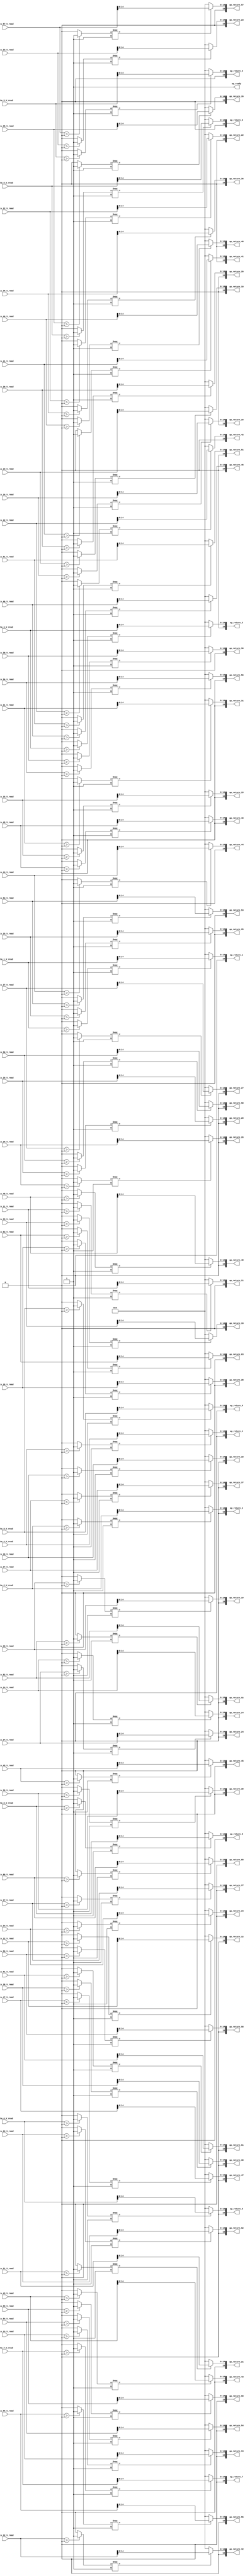
// ==============================================================
// RTL generated by Vivado(TM) HLS - High-Level Synthesis from C, C++ and OpenCL
// Version: 2019.2
// Copyright (C) 1986-2019 Xilinx, Inc. All Rights Reserved.
// 
// ===========================================================

`timescale 1 ns / 1 ps 

module relu_ap_fixed_ap_fixed_16_6_5_3_0_relu_config4_s (
        ap_ready,
        data_0_V_read,
        data_1_V_read,
        data_2_V_read,
        data_3_V_read,
        data_4_V_read,
        data_5_V_read,
        data_6_V_read,
        data_7_V_read,
        data_8_V_read,
        data_9_V_read,
        data_10_V_read,
        data_11_V_read,
        data_12_V_read,
        data_13_V_read,
        data_14_V_read,
        data_15_V_read,
        data_16_V_read,
        data_17_V_read,
        data_18_V_read,
        data_19_V_read,
        data_20_V_read,
        data_21_V_read,
        data_22_V_read,
        data_23_V_read,
        data_24_V_read,
        data_25_V_read,
        data_26_V_read,
        data_27_V_read,
        data_28_V_read,
        data_29_V_read,
        data_30_V_read,
        data_31_V_read,
        data_32_V_read,
        data_33_V_read,
        data_34_V_read,
        data_35_V_read,
        data_36_V_read,
        data_37_V_read,
        data_38_V_read,
        data_39_V_read,
        data_40_V_read,
        data_41_V_read,
        data_42_V_read,
        data_43_V_read,
        data_44_V_read,
        data_45_V_read,
        data_46_V_read,
        data_47_V_read,
        data_48_V_read,
        data_49_V_read,
        data_50_V_read,
        data_51_V_read,
        data_52_V_read,
        data_53_V_read,
        data_54_V_read,
        data_55_V_read,
        data_56_V_read,
        data_57_V_read,
        data_58_V_read,
        data_59_V_read,
        data_60_V_read,
        data_61_V_read,
        data_62_V_read,
        data_63_V_read,
        ap_return_0,
        ap_return_1,
        ap_return_2,
        ap_return_3,
        ap_return_4,
        ap_return_5,
        ap_return_6,
        ap_return_7,
        ap_return_8,
        ap_return_9,
        ap_return_10,
        ap_return_11,
        ap_return_12,
        ap_return_13,
        ap_return_14,
        ap_return_15,
        ap_return_16,
        ap_return_17,
        ap_return_18,
        ap_return_19,
        ap_return_20,
        ap_return_21,
        ap_return_22,
        ap_return_23,
        ap_return_24,
        ap_return_25,
        ap_return_26,
        ap_return_27,
        ap_return_28,
        ap_return_29,
        ap_return_30,
        ap_return_31,
        ap_return_32,
        ap_return_33,
        ap_return_34,
        ap_return_35,
        ap_return_36,
        ap_return_37,
        ap_return_38,
        ap_return_39,
        ap_return_40,
        ap_return_41,
        ap_return_42,
        ap_return_43,
        ap_return_44,
        ap_return_45,
        ap_return_46,
        ap_return_47,
        ap_return_48,
        ap_return_49,
        ap_return_50,
        ap_return_51,
        ap_return_52,
        ap_return_53,
        ap_return_54,
        ap_return_55,
        ap_return_56,
        ap_return_57,
        ap_return_58,
        ap_return_59,
        ap_return_60,
        ap_return_61,
        ap_return_62,
        ap_return_63
);


output   ap_ready;
input  [15:0] data_0_V_read;
input  [15:0] data_1_V_read;
input  [15:0] data_2_V_read;
input  [15:0] data_3_V_read;
input  [15:0] data_4_V_read;
input  [15:0] data_5_V_read;
input  [15:0] data_6_V_read;
input  [15:0] data_7_V_read;
input  [15:0] data_8_V_read;
input  [15:0] data_9_V_read;
input  [15:0] data_10_V_read;
input  [15:0] data_11_V_read;
input  [15:0] data_12_V_read;
input  [15:0] data_13_V_read;
input  [15:0] data_14_V_read;
input  [15:0] data_15_V_read;
input  [15:0] data_16_V_read;
input  [15:0] data_17_V_read;
input  [15:0] data_18_V_read;
input  [15:0] data_19_V_read;
input  [15:0] data_20_V_read;
input  [15:0] data_21_V_read;
input  [15:0] data_22_V_read;
input  [15:0] data_23_V_read;
input  [15:0] data_24_V_read;
input  [15:0] data_25_V_read;
input  [15:0] data_26_V_read;
input  [15:0] data_27_V_read;
input  [15:0] data_28_V_read;
input  [15:0] data_29_V_read;
input  [15:0] data_30_V_read;
input  [15:0] data_31_V_read;
input  [15:0] data_32_V_read;
input  [15:0] data_33_V_read;
input  [15:0] data_34_V_read;
input  [15:0] data_35_V_read;
input  [15:0] data_36_V_read;
input  [15:0] data_37_V_read;
input  [15:0] data_38_V_read;
input  [15:0] data_39_V_read;
input  [15:0] data_40_V_read;
input  [15:0] data_41_V_read;
input  [15:0] data_42_V_read;
input  [15:0] data_43_V_read;
input  [15:0] data_44_V_read;
input  [15:0] data_45_V_read;
input  [15:0] data_46_V_read;
input  [15:0] data_47_V_read;
input  [15:0] data_48_V_read;
input  [15:0] data_49_V_read;
input  [15:0] data_50_V_read;
input  [15:0] data_51_V_read;
input  [15:0] data_52_V_read;
input  [15:0] data_53_V_read;
input  [15:0] data_54_V_read;
input  [15:0] data_55_V_read;
input  [15:0] data_56_V_read;
input  [15:0] data_57_V_read;
input  [15:0] data_58_V_read;
input  [15:0] data_59_V_read;
input  [15:0] data_60_V_read;
input  [15:0] data_61_V_read;
input  [15:0] data_62_V_read;
input  [15:0] data_63_V_read;
output  [15:0] ap_return_0;
output  [15:0] ap_return_1;
output  [15:0] ap_return_2;
output  [15:0] ap_return_3;
output  [15:0] ap_return_4;
output  [15:0] ap_return_5;
output  [15:0] ap_return_6;
output  [15:0] ap_return_7;
output  [15:0] ap_return_8;
output  [15:0] ap_return_9;
output  [15:0] ap_return_10;
output  [15:0] ap_return_11;
output  [15:0] ap_return_12;
output  [15:0] ap_return_13;
output  [15:0] ap_return_14;
output  [15:0] ap_return_15;
output  [15:0] ap_return_16;
output  [15:0] ap_return_17;
output  [15:0] ap_return_18;
output  [15:0] ap_return_19;
output  [15:0] ap_return_20;
output  [15:0] ap_return_21;
output  [15:0] ap_return_22;
output  [15:0] ap_return_23;
output  [15:0] ap_return_24;
output  [15:0] ap_return_25;
output  [15:0] ap_return_26;
output  [15:0] ap_return_27;
output  [15:0] ap_return_28;
output  [15:0] ap_return_29;
output  [15:0] ap_return_30;
output  [15:0] ap_return_31;
output  [15:0] ap_return_32;
output  [15:0] ap_return_33;
output  [15:0] ap_return_34;
output  [15:0] ap_return_35;
output  [15:0] ap_return_36;
output  [15:0] ap_return_37;
output  [15:0] ap_return_38;
output  [15:0] ap_return_39;
output  [15:0] ap_return_40;
output  [15:0] ap_return_41;
output  [15:0] ap_return_42;
output  [15:0] ap_return_43;
output  [15:0] ap_return_44;
output  [15:0] ap_return_45;
output  [15:0] ap_return_46;
output  [15:0] ap_return_47;
output  [15:0] ap_return_48;
output  [15:0] ap_return_49;
output  [15:0] ap_return_50;
output  [15:0] ap_return_51;
output  [15:0] ap_return_52;
output  [15:0] ap_return_53;
output  [15:0] ap_return_54;
output  [15:0] ap_return_55;
output  [15:0] ap_return_56;
output  [15:0] ap_return_57;
output  [15:0] ap_return_58;
output  [15:0] ap_return_59;
output  [15:0] ap_return_60;
output  [15:0] ap_return_61;
output  [15:0] ap_return_62;
output  [15:0] ap_return_63;

wire   [0:0] icmp_ln1494_fu_536_p2;
wire   [14:0] trunc_ln81_fu_542_p1;
wire   [14:0] select_ln81_fu_546_p3;
wire   [0:0] icmp_ln1494_1_fu_558_p2;
wire   [14:0] trunc_ln81_32_fu_564_p1;
wire   [14:0] select_ln81_32_fu_568_p3;
wire   [0:0] icmp_ln1494_2_fu_580_p2;
wire   [14:0] trunc_ln81_33_fu_586_p1;
wire   [14:0] select_ln81_33_fu_590_p3;
wire   [0:0] icmp_ln1494_3_fu_602_p2;
wire   [14:0] trunc_ln81_34_fu_608_p1;
wire   [14:0] select_ln81_34_fu_612_p3;
wire   [0:0] icmp_ln1494_4_fu_624_p2;
wire   [14:0] trunc_ln81_35_fu_630_p1;
wire   [14:0] select_ln81_35_fu_634_p3;
wire   [0:0] icmp_ln1494_5_fu_646_p2;
wire   [14:0] trunc_ln81_36_fu_652_p1;
wire   [14:0] select_ln81_36_fu_656_p3;
wire   [0:0] icmp_ln1494_6_fu_668_p2;
wire   [14:0] trunc_ln81_37_fu_674_p1;
wire   [14:0] select_ln81_37_fu_678_p3;
wire   [0:0] icmp_ln1494_7_fu_690_p2;
wire   [14:0] trunc_ln81_38_fu_696_p1;
wire   [14:0] select_ln81_38_fu_700_p3;
wire   [0:0] icmp_ln1494_8_fu_712_p2;
wire   [14:0] trunc_ln81_39_fu_718_p1;
wire   [14:0] select_ln81_39_fu_722_p3;
wire   [0:0] icmp_ln1494_9_fu_734_p2;
wire   [14:0] trunc_ln81_40_fu_740_p1;
wire   [14:0] select_ln81_40_fu_744_p3;
wire   [0:0] icmp_ln1494_10_fu_756_p2;
wire   [14:0] trunc_ln81_41_fu_762_p1;
wire   [14:0] select_ln81_41_fu_766_p3;
wire   [0:0] icmp_ln1494_11_fu_778_p2;
wire   [14:0] trunc_ln81_42_fu_784_p1;
wire   [14:0] select_ln81_42_fu_788_p3;
wire   [0:0] icmp_ln1494_12_fu_800_p2;
wire   [14:0] trunc_ln81_43_fu_806_p1;
wire   [14:0] select_ln81_43_fu_810_p3;
wire   [0:0] icmp_ln1494_13_fu_822_p2;
wire   [14:0] trunc_ln81_44_fu_828_p1;
wire   [14:0] select_ln81_44_fu_832_p3;
wire   [0:0] icmp_ln1494_14_fu_844_p2;
wire   [14:0] trunc_ln81_45_fu_850_p1;
wire   [14:0] select_ln81_45_fu_854_p3;
wire   [0:0] icmp_ln1494_15_fu_866_p2;
wire   [14:0] trunc_ln81_46_fu_872_p1;
wire   [14:0] select_ln81_46_fu_876_p3;
wire   [0:0] icmp_ln1494_16_fu_888_p2;
wire   [14:0] trunc_ln81_47_fu_894_p1;
wire   [14:0] select_ln81_47_fu_898_p3;
wire   [0:0] icmp_ln1494_17_fu_910_p2;
wire   [14:0] trunc_ln81_48_fu_916_p1;
wire   [14:0] select_ln81_48_fu_920_p3;
wire   [0:0] icmp_ln1494_18_fu_932_p2;
wire   [14:0] trunc_ln81_49_fu_938_p1;
wire   [14:0] select_ln81_49_fu_942_p3;
wire   [0:0] icmp_ln1494_19_fu_954_p2;
wire   [14:0] trunc_ln81_50_fu_960_p1;
wire   [14:0] select_ln81_50_fu_964_p3;
wire   [0:0] icmp_ln1494_20_fu_976_p2;
wire   [14:0] trunc_ln81_51_fu_982_p1;
wire   [14:0] select_ln81_51_fu_986_p3;
wire   [0:0] icmp_ln1494_21_fu_998_p2;
wire   [14:0] trunc_ln81_52_fu_1004_p1;
wire   [14:0] select_ln81_52_fu_1008_p3;
wire   [0:0] icmp_ln1494_22_fu_1020_p2;
wire   [14:0] trunc_ln81_53_fu_1026_p1;
wire   [14:0] select_ln81_53_fu_1030_p3;
wire   [0:0] icmp_ln1494_23_fu_1042_p2;
wire   [14:0] trunc_ln81_54_fu_1048_p1;
wire   [14:0] select_ln81_54_fu_1052_p3;
wire   [0:0] icmp_ln1494_24_fu_1064_p2;
wire   [14:0] trunc_ln81_55_fu_1070_p1;
wire   [14:0] select_ln81_55_fu_1074_p3;
wire   [0:0] icmp_ln1494_25_fu_1086_p2;
wire   [14:0] trunc_ln81_56_fu_1092_p1;
wire   [14:0] select_ln81_56_fu_1096_p3;
wire   [0:0] icmp_ln1494_26_fu_1108_p2;
wire   [14:0] trunc_ln81_57_fu_1114_p1;
wire   [14:0] select_ln81_57_fu_1118_p3;
wire   [0:0] icmp_ln1494_27_fu_1130_p2;
wire   [14:0] trunc_ln81_58_fu_1136_p1;
wire   [14:0] select_ln81_58_fu_1140_p3;
wire   [0:0] icmp_ln1494_28_fu_1152_p2;
wire   [14:0] trunc_ln81_59_fu_1158_p1;
wire   [14:0] select_ln81_59_fu_1162_p3;
wire   [0:0] icmp_ln1494_29_fu_1174_p2;
wire   [14:0] trunc_ln81_60_fu_1180_p1;
wire   [14:0] select_ln81_60_fu_1184_p3;
wire   [0:0] icmp_ln1494_30_fu_1196_p2;
wire   [14:0] trunc_ln81_61_fu_1202_p1;
wire   [14:0] select_ln81_61_fu_1206_p3;
wire   [0:0] icmp_ln1494_31_fu_1218_p2;
wire   [14:0] trunc_ln81_62_fu_1224_p1;
wire   [14:0] select_ln81_62_fu_1228_p3;
wire   [0:0] icmp_ln1494_32_fu_1240_p2;
wire   [14:0] trunc_ln81_63_fu_1246_p1;
wire   [14:0] select_ln81_63_fu_1250_p3;
wire   [0:0] icmp_ln1494_33_fu_1262_p2;
wire   [14:0] trunc_ln81_64_fu_1268_p1;
wire   [14:0] select_ln81_64_fu_1272_p3;
wire   [0:0] icmp_ln1494_34_fu_1284_p2;
wire   [14:0] trunc_ln81_65_fu_1290_p1;
wire   [14:0] select_ln81_65_fu_1294_p3;
wire   [0:0] icmp_ln1494_35_fu_1306_p2;
wire   [14:0] trunc_ln81_66_fu_1312_p1;
wire   [14:0] select_ln81_66_fu_1316_p3;
wire   [0:0] icmp_ln1494_36_fu_1328_p2;
wire   [14:0] trunc_ln81_67_fu_1334_p1;
wire   [14:0] select_ln81_67_fu_1338_p3;
wire   [0:0] icmp_ln1494_37_fu_1350_p2;
wire   [14:0] trunc_ln81_68_fu_1356_p1;
wire   [14:0] select_ln81_68_fu_1360_p3;
wire   [0:0] icmp_ln1494_38_fu_1372_p2;
wire   [14:0] trunc_ln81_69_fu_1378_p1;
wire   [14:0] select_ln81_69_fu_1382_p3;
wire   [0:0] icmp_ln1494_39_fu_1394_p2;
wire   [14:0] trunc_ln81_70_fu_1400_p1;
wire   [14:0] select_ln81_70_fu_1404_p3;
wire   [0:0] icmp_ln1494_40_fu_1416_p2;
wire   [14:0] trunc_ln81_71_fu_1422_p1;
wire   [14:0] select_ln81_71_fu_1426_p3;
wire   [0:0] icmp_ln1494_41_fu_1438_p2;
wire   [14:0] trunc_ln81_72_fu_1444_p1;
wire   [14:0] select_ln81_72_fu_1448_p3;
wire   [0:0] icmp_ln1494_42_fu_1460_p2;
wire   [14:0] trunc_ln81_73_fu_1466_p1;
wire   [14:0] select_ln81_73_fu_1470_p3;
wire   [0:0] icmp_ln1494_43_fu_1482_p2;
wire   [14:0] trunc_ln81_74_fu_1488_p1;
wire   [14:0] select_ln81_74_fu_1492_p3;
wire   [0:0] icmp_ln1494_44_fu_1504_p2;
wire   [14:0] trunc_ln81_75_fu_1510_p1;
wire   [14:0] select_ln81_75_fu_1514_p3;
wire   [0:0] icmp_ln1494_45_fu_1526_p2;
wire   [14:0] trunc_ln81_76_fu_1532_p1;
wire   [14:0] select_ln81_76_fu_1536_p3;
wire   [0:0] icmp_ln1494_46_fu_1548_p2;
wire   [14:0] trunc_ln81_77_fu_1554_p1;
wire   [14:0] select_ln81_77_fu_1558_p3;
wire   [0:0] icmp_ln1494_47_fu_1570_p2;
wire   [14:0] trunc_ln81_78_fu_1576_p1;
wire   [14:0] select_ln81_78_fu_1580_p3;
wire   [0:0] icmp_ln1494_48_fu_1592_p2;
wire   [14:0] trunc_ln81_79_fu_1598_p1;
wire   [14:0] select_ln81_79_fu_1602_p3;
wire   [0:0] icmp_ln1494_49_fu_1614_p2;
wire   [14:0] trunc_ln81_80_fu_1620_p1;
wire   [14:0] select_ln81_80_fu_1624_p3;
wire   [0:0] icmp_ln1494_50_fu_1636_p2;
wire   [14:0] trunc_ln81_81_fu_1642_p1;
wire   [14:0] select_ln81_81_fu_1646_p3;
wire   [0:0] icmp_ln1494_51_fu_1658_p2;
wire   [14:0] trunc_ln81_82_fu_1664_p1;
wire   [14:0] select_ln81_82_fu_1668_p3;
wire   [0:0] icmp_ln1494_52_fu_1680_p2;
wire   [14:0] trunc_ln81_83_fu_1686_p1;
wire   [14:0] select_ln81_83_fu_1690_p3;
wire   [0:0] icmp_ln1494_53_fu_1702_p2;
wire   [14:0] trunc_ln81_84_fu_1708_p1;
wire   [14:0] select_ln81_84_fu_1712_p3;
wire   [0:0] icmp_ln1494_54_fu_1724_p2;
wire   [14:0] trunc_ln81_85_fu_1730_p1;
wire   [14:0] select_ln81_85_fu_1734_p3;
wire   [0:0] icmp_ln1494_55_fu_1746_p2;
wire   [14:0] trunc_ln81_86_fu_1752_p1;
wire   [14:0] select_ln81_86_fu_1756_p3;
wire   [0:0] icmp_ln1494_56_fu_1768_p2;
wire   [14:0] trunc_ln81_87_fu_1774_p1;
wire   [14:0] select_ln81_87_fu_1778_p3;
wire   [0:0] icmp_ln1494_57_fu_1790_p2;
wire   [14:0] trunc_ln81_88_fu_1796_p1;
wire   [14:0] select_ln81_88_fu_1800_p3;
wire   [0:0] icmp_ln1494_58_fu_1812_p2;
wire   [14:0] trunc_ln81_89_fu_1818_p1;
wire   [14:0] select_ln81_89_fu_1822_p3;
wire   [0:0] icmp_ln1494_59_fu_1834_p2;
wire   [14:0] trunc_ln81_90_fu_1840_p1;
wire   [14:0] select_ln81_90_fu_1844_p3;
wire   [0:0] icmp_ln1494_60_fu_1856_p2;
wire   [14:0] trunc_ln81_91_fu_1862_p1;
wire   [14:0] select_ln81_91_fu_1866_p3;
wire   [0:0] icmp_ln1494_61_fu_1878_p2;
wire   [14:0] trunc_ln81_92_fu_1884_p1;
wire   [14:0] select_ln81_92_fu_1888_p3;
wire   [0:0] icmp_ln1494_62_fu_1900_p2;
wire   [14:0] trunc_ln81_93_fu_1906_p1;
wire   [14:0] select_ln81_93_fu_1910_p3;
wire   [0:0] icmp_ln1494_63_fu_1922_p2;
wire   [14:0] trunc_ln81_94_fu_1928_p1;
wire   [14:0] select_ln81_94_fu_1932_p3;
wire   [15:0] zext_ln81_fu_554_p1;
wire   [15:0] zext_ln81_32_fu_576_p1;
wire   [15:0] zext_ln81_33_fu_598_p1;
wire   [15:0] zext_ln81_34_fu_620_p1;
wire   [15:0] zext_ln81_35_fu_642_p1;
wire   [15:0] zext_ln81_36_fu_664_p1;
wire   [15:0] zext_ln81_37_fu_686_p1;
wire   [15:0] zext_ln81_38_fu_708_p1;
wire   [15:0] zext_ln81_39_fu_730_p1;
wire   [15:0] zext_ln81_40_fu_752_p1;
wire   [15:0] zext_ln81_41_fu_774_p1;
wire   [15:0] zext_ln81_42_fu_796_p1;
wire   [15:0] zext_ln81_43_fu_818_p1;
wire   [15:0] zext_ln81_44_fu_840_p1;
wire   [15:0] zext_ln81_45_fu_862_p1;
wire   [15:0] zext_ln81_46_fu_884_p1;
wire   [15:0] zext_ln81_47_fu_906_p1;
wire   [15:0] zext_ln81_48_fu_928_p1;
wire   [15:0] zext_ln81_49_fu_950_p1;
wire   [15:0] zext_ln81_50_fu_972_p1;
wire   [15:0] zext_ln81_51_fu_994_p1;
wire   [15:0] zext_ln81_52_fu_1016_p1;
wire   [15:0] zext_ln81_53_fu_1038_p1;
wire   [15:0] zext_ln81_54_fu_1060_p1;
wire   [15:0] zext_ln81_55_fu_1082_p1;
wire   [15:0] zext_ln81_56_fu_1104_p1;
wire   [15:0] zext_ln81_57_fu_1126_p1;
wire   [15:0] zext_ln81_58_fu_1148_p1;
wire   [15:0] zext_ln81_59_fu_1170_p1;
wire   [15:0] zext_ln81_60_fu_1192_p1;
wire   [15:0] zext_ln81_61_fu_1214_p1;
wire   [15:0] zext_ln81_62_fu_1236_p1;
wire   [15:0] zext_ln81_63_fu_1258_p1;
wire   [15:0] zext_ln81_64_fu_1280_p1;
wire   [15:0] zext_ln81_65_fu_1302_p1;
wire   [15:0] zext_ln81_66_fu_1324_p1;
wire   [15:0] zext_ln81_67_fu_1346_p1;
wire   [15:0] zext_ln81_68_fu_1368_p1;
wire   [15:0] zext_ln81_69_fu_1390_p1;
wire   [15:0] zext_ln81_70_fu_1412_p1;
wire   [15:0] zext_ln81_71_fu_1434_p1;
wire   [15:0] zext_ln81_72_fu_1456_p1;
wire   [15:0] zext_ln81_73_fu_1478_p1;
wire   [15:0] zext_ln81_74_fu_1500_p1;
wire   [15:0] zext_ln81_75_fu_1522_p1;
wire   [15:0] zext_ln81_76_fu_1544_p1;
wire   [15:0] zext_ln81_77_fu_1566_p1;
wire   [15:0] zext_ln81_78_fu_1588_p1;
wire   [15:0] zext_ln81_79_fu_1610_p1;
wire   [15:0] zext_ln81_80_fu_1632_p1;
wire   [15:0] zext_ln81_81_fu_1654_p1;
wire   [15:0] zext_ln81_82_fu_1676_p1;
wire   [15:0] zext_ln81_83_fu_1698_p1;
wire   [15:0] zext_ln81_84_fu_1720_p1;
wire   [15:0] zext_ln81_85_fu_1742_p1;
wire   [15:0] zext_ln81_86_fu_1764_p1;
wire   [15:0] zext_ln81_87_fu_1786_p1;
wire   [15:0] zext_ln81_88_fu_1808_p1;
wire   [15:0] zext_ln81_89_fu_1830_p1;
wire   [15:0] zext_ln81_90_fu_1852_p1;
wire   [15:0] zext_ln81_91_fu_1874_p1;
wire   [15:0] zext_ln81_92_fu_1896_p1;
wire   [15:0] zext_ln81_93_fu_1918_p1;
wire   [15:0] zext_ln81_94_fu_1940_p1;

assign ap_ready = 1'b1;

assign ap_return_0 = zext_ln81_fu_554_p1;

assign ap_return_1 = zext_ln81_32_fu_576_p1;

assign ap_return_10 = zext_ln81_41_fu_774_p1;

assign ap_return_11 = zext_ln81_42_fu_796_p1;

assign ap_return_12 = zext_ln81_43_fu_818_p1;

assign ap_return_13 = zext_ln81_44_fu_840_p1;

assign ap_return_14 = zext_ln81_45_fu_862_p1;

assign ap_return_15 = zext_ln81_46_fu_884_p1;

assign ap_return_16 = zext_ln81_47_fu_906_p1;

assign ap_return_17 = zext_ln81_48_fu_928_p1;

assign ap_return_18 = zext_ln81_49_fu_950_p1;

assign ap_return_19 = zext_ln81_50_fu_972_p1;

assign ap_return_2 = zext_ln81_33_fu_598_p1;

assign ap_return_20 = zext_ln81_51_fu_994_p1;

assign ap_return_21 = zext_ln81_52_fu_1016_p1;

assign ap_return_22 = zext_ln81_53_fu_1038_p1;

assign ap_return_23 = zext_ln81_54_fu_1060_p1;

assign ap_return_24 = zext_ln81_55_fu_1082_p1;

assign ap_return_25 = zext_ln81_56_fu_1104_p1;

assign ap_return_26 = zext_ln81_57_fu_1126_p1;

assign ap_return_27 = zext_ln81_58_fu_1148_p1;

assign ap_return_28 = zext_ln81_59_fu_1170_p1;

assign ap_return_29 = zext_ln81_60_fu_1192_p1;

assign ap_return_3 = zext_ln81_34_fu_620_p1;

assign ap_return_30 = zext_ln81_61_fu_1214_p1;

assign ap_return_31 = zext_ln81_62_fu_1236_p1;

assign ap_return_32 = zext_ln81_63_fu_1258_p1;

assign ap_return_33 = zext_ln81_64_fu_1280_p1;

assign ap_return_34 = zext_ln81_65_fu_1302_p1;

assign ap_return_35 = zext_ln81_66_fu_1324_p1;

assign ap_return_36 = zext_ln81_67_fu_1346_p1;

assign ap_return_37 = zext_ln81_68_fu_1368_p1;

assign ap_return_38 = zext_ln81_69_fu_1390_p1;

assign ap_return_39 = zext_ln81_70_fu_1412_p1;

assign ap_return_4 = zext_ln81_35_fu_642_p1;

assign ap_return_40 = zext_ln81_71_fu_1434_p1;

assign ap_return_41 = zext_ln81_72_fu_1456_p1;

assign ap_return_42 = zext_ln81_73_fu_1478_p1;

assign ap_return_43 = zext_ln81_74_fu_1500_p1;

assign ap_return_44 = zext_ln81_75_fu_1522_p1;

assign ap_return_45 = zext_ln81_76_fu_1544_p1;

assign ap_return_46 = zext_ln81_77_fu_1566_p1;

assign ap_return_47 = zext_ln81_78_fu_1588_p1;

assign ap_return_48 = zext_ln81_79_fu_1610_p1;

assign ap_return_49 = zext_ln81_80_fu_1632_p1;

assign ap_return_5 = zext_ln81_36_fu_664_p1;

assign ap_return_50 = zext_ln81_81_fu_1654_p1;

assign ap_return_51 = zext_ln81_82_fu_1676_p1;

assign ap_return_52 = zext_ln81_83_fu_1698_p1;

assign ap_return_53 = zext_ln81_84_fu_1720_p1;

assign ap_return_54 = zext_ln81_85_fu_1742_p1;

assign ap_return_55 = zext_ln81_86_fu_1764_p1;

assign ap_return_56 = zext_ln81_87_fu_1786_p1;

assign ap_return_57 = zext_ln81_88_fu_1808_p1;

assign ap_return_58 = zext_ln81_89_fu_1830_p1;

assign ap_return_59 = zext_ln81_90_fu_1852_p1;

assign ap_return_6 = zext_ln81_37_fu_686_p1;

assign ap_return_60 = zext_ln81_91_fu_1874_p1;

assign ap_return_61 = zext_ln81_92_fu_1896_p1;

assign ap_return_62 = zext_ln81_93_fu_1918_p1;

assign ap_return_63 = zext_ln81_94_fu_1940_p1;

assign ap_return_7 = zext_ln81_38_fu_708_p1;

assign ap_return_8 = zext_ln81_39_fu_730_p1;

assign ap_return_9 = zext_ln81_40_fu_752_p1;

assign icmp_ln1494_10_fu_756_p2 = (($signed(data_10_V_read) > $signed(16'd0)) ? 1'b1 : 1'b0);

assign icmp_ln1494_11_fu_778_p2 = (($signed(data_11_V_read) > $signed(16'd0)) ? 1'b1 : 1'b0);

assign icmp_ln1494_12_fu_800_p2 = (($signed(data_12_V_read) > $signed(16'd0)) ? 1'b1 : 1'b0);

assign icmp_ln1494_13_fu_822_p2 = (($signed(data_13_V_read) > $signed(16'd0)) ? 1'b1 : 1'b0);

assign icmp_ln1494_14_fu_844_p2 = (($signed(data_14_V_read) > $signed(16'd0)) ? 1'b1 : 1'b0);

assign icmp_ln1494_15_fu_866_p2 = (($signed(data_15_V_read) > $signed(16'd0)) ? 1'b1 : 1'b0);

assign icmp_ln1494_16_fu_888_p2 = (($signed(data_16_V_read) > $signed(16'd0)) ? 1'b1 : 1'b0);

assign icmp_ln1494_17_fu_910_p2 = (($signed(data_17_V_read) > $signed(16'd0)) ? 1'b1 : 1'b0);

assign icmp_ln1494_18_fu_932_p2 = (($signed(data_18_V_read) > $signed(16'd0)) ? 1'b1 : 1'b0);

assign icmp_ln1494_19_fu_954_p2 = (($signed(data_19_V_read) > $signed(16'd0)) ? 1'b1 : 1'b0);

assign icmp_ln1494_1_fu_558_p2 = (($signed(data_1_V_read) > $signed(16'd0)) ? 1'b1 : 1'b0);

assign icmp_ln1494_20_fu_976_p2 = (($signed(data_20_V_read) > $signed(16'd0)) ? 1'b1 : 1'b0);

assign icmp_ln1494_21_fu_998_p2 = (($signed(data_21_V_read) > $signed(16'd0)) ? 1'b1 : 1'b0);

assign icmp_ln1494_22_fu_1020_p2 = (($signed(data_22_V_read) > $signed(16'd0)) ? 1'b1 : 1'b0);

assign icmp_ln1494_23_fu_1042_p2 = (($signed(data_23_V_read) > $signed(16'd0)) ? 1'b1 : 1'b0);

assign icmp_ln1494_24_fu_1064_p2 = (($signed(data_24_V_read) > $signed(16'd0)) ? 1'b1 : 1'b0);

assign icmp_ln1494_25_fu_1086_p2 = (($signed(data_25_V_read) > $signed(16'd0)) ? 1'b1 : 1'b0);

assign icmp_ln1494_26_fu_1108_p2 = (($signed(data_26_V_read) > $signed(16'd0)) ? 1'b1 : 1'b0);

assign icmp_ln1494_27_fu_1130_p2 = (($signed(data_27_V_read) > $signed(16'd0)) ? 1'b1 : 1'b0);

assign icmp_ln1494_28_fu_1152_p2 = (($signed(data_28_V_read) > $signed(16'd0)) ? 1'b1 : 1'b0);

assign icmp_ln1494_29_fu_1174_p2 = (($signed(data_29_V_read) > $signed(16'd0)) ? 1'b1 : 1'b0);

assign icmp_ln1494_2_fu_580_p2 = (($signed(data_2_V_read) > $signed(16'd0)) ? 1'b1 : 1'b0);

assign icmp_ln1494_30_fu_1196_p2 = (($signed(data_30_V_read) > $signed(16'd0)) ? 1'b1 : 1'b0);

assign icmp_ln1494_31_fu_1218_p2 = (($signed(data_31_V_read) > $signed(16'd0)) ? 1'b1 : 1'b0);

assign icmp_ln1494_32_fu_1240_p2 = (($signed(data_32_V_read) > $signed(16'd0)) ? 1'b1 : 1'b0);

assign icmp_ln1494_33_fu_1262_p2 = (($signed(data_33_V_read) > $signed(16'd0)) ? 1'b1 : 1'b0);

assign icmp_ln1494_34_fu_1284_p2 = (($signed(data_34_V_read) > $signed(16'd0)) ? 1'b1 : 1'b0);

assign icmp_ln1494_35_fu_1306_p2 = (($signed(data_35_V_read) > $signed(16'd0)) ? 1'b1 : 1'b0);

assign icmp_ln1494_36_fu_1328_p2 = (($signed(data_36_V_read) > $signed(16'd0)) ? 1'b1 : 1'b0);

assign icmp_ln1494_37_fu_1350_p2 = (($signed(data_37_V_read) > $signed(16'd0)) ? 1'b1 : 1'b0);

assign icmp_ln1494_38_fu_1372_p2 = (($signed(data_38_V_read) > $signed(16'd0)) ? 1'b1 : 1'b0);

assign icmp_ln1494_39_fu_1394_p2 = (($signed(data_39_V_read) > $signed(16'd0)) ? 1'b1 : 1'b0);

assign icmp_ln1494_3_fu_602_p2 = (($signed(data_3_V_read) > $signed(16'd0)) ? 1'b1 : 1'b0);

assign icmp_ln1494_40_fu_1416_p2 = (($signed(data_40_V_read) > $signed(16'd0)) ? 1'b1 : 1'b0);

assign icmp_ln1494_41_fu_1438_p2 = (($signed(data_41_V_read) > $signed(16'd0)) ? 1'b1 : 1'b0);

assign icmp_ln1494_42_fu_1460_p2 = (($signed(data_42_V_read) > $signed(16'd0)) ? 1'b1 : 1'b0);

assign icmp_ln1494_43_fu_1482_p2 = (($signed(data_43_V_read) > $signed(16'd0)) ? 1'b1 : 1'b0);

assign icmp_ln1494_44_fu_1504_p2 = (($signed(data_44_V_read) > $signed(16'd0)) ? 1'b1 : 1'b0);

assign icmp_ln1494_45_fu_1526_p2 = (($signed(data_45_V_read) > $signed(16'd0)) ? 1'b1 : 1'b0);

assign icmp_ln1494_46_fu_1548_p2 = (($signed(data_46_V_read) > $signed(16'd0)) ? 1'b1 : 1'b0);

assign icmp_ln1494_47_fu_1570_p2 = (($signed(data_47_V_read) > $signed(16'd0)) ? 1'b1 : 1'b0);

assign icmp_ln1494_48_fu_1592_p2 = (($signed(data_48_V_read) > $signed(16'd0)) ? 1'b1 : 1'b0);

assign icmp_ln1494_49_fu_1614_p2 = (($signed(data_49_V_read) > $signed(16'd0)) ? 1'b1 : 1'b0);

assign icmp_ln1494_4_fu_624_p2 = (($signed(data_4_V_read) > $signed(16'd0)) ? 1'b1 : 1'b0);

assign icmp_ln1494_50_fu_1636_p2 = (($signed(data_50_V_read) > $signed(16'd0)) ? 1'b1 : 1'b0);

assign icmp_ln1494_51_fu_1658_p2 = (($signed(data_51_V_read) > $signed(16'd0)) ? 1'b1 : 1'b0);

assign icmp_ln1494_52_fu_1680_p2 = (($signed(data_52_V_read) > $signed(16'd0)) ? 1'b1 : 1'b0);

assign icmp_ln1494_53_fu_1702_p2 = (($signed(data_53_V_read) > $signed(16'd0)) ? 1'b1 : 1'b0);

assign icmp_ln1494_54_fu_1724_p2 = (($signed(data_54_V_read) > $signed(16'd0)) ? 1'b1 : 1'b0);

assign icmp_ln1494_55_fu_1746_p2 = (($signed(data_55_V_read) > $signed(16'd0)) ? 1'b1 : 1'b0);

assign icmp_ln1494_56_fu_1768_p2 = (($signed(data_56_V_read) > $signed(16'd0)) ? 1'b1 : 1'b0);

assign icmp_ln1494_57_fu_1790_p2 = (($signed(data_57_V_read) > $signed(16'd0)) ? 1'b1 : 1'b0);

assign icmp_ln1494_58_fu_1812_p2 = (($signed(data_58_V_read) > $signed(16'd0)) ? 1'b1 : 1'b0);

assign icmp_ln1494_59_fu_1834_p2 = (($signed(data_59_V_read) > $signed(16'd0)) ? 1'b1 : 1'b0);

assign icmp_ln1494_5_fu_646_p2 = (($signed(data_5_V_read) > $signed(16'd0)) ? 1'b1 : 1'b0);

assign icmp_ln1494_60_fu_1856_p2 = (($signed(data_60_V_read) > $signed(16'd0)) ? 1'b1 : 1'b0);

assign icmp_ln1494_61_fu_1878_p2 = (($signed(data_61_V_read) > $signed(16'd0)) ? 1'b1 : 1'b0);

assign icmp_ln1494_62_fu_1900_p2 = (($signed(data_62_V_read) > $signed(16'd0)) ? 1'b1 : 1'b0);

assign icmp_ln1494_63_fu_1922_p2 = (($signed(data_63_V_read) > $signed(16'd0)) ? 1'b1 : 1'b0);

assign icmp_ln1494_6_fu_668_p2 = (($signed(data_6_V_read) > $signed(16'd0)) ? 1'b1 : 1'b0);

assign icmp_ln1494_7_fu_690_p2 = (($signed(data_7_V_read) > $signed(16'd0)) ? 1'b1 : 1'b0);

assign icmp_ln1494_8_fu_712_p2 = (($signed(data_8_V_read) > $signed(16'd0)) ? 1'b1 : 1'b0);

assign icmp_ln1494_9_fu_734_p2 = (($signed(data_9_V_read) > $signed(16'd0)) ? 1'b1 : 1'b0);

assign icmp_ln1494_fu_536_p2 = (($signed(data_0_V_read) > $signed(16'd0)) ? 1'b1 : 1'b0);

assign select_ln81_32_fu_568_p3 = ((icmp_ln1494_1_fu_558_p2[0:0] === 1'b1) ? trunc_ln81_32_fu_564_p1 : 15'd0);

assign select_ln81_33_fu_590_p3 = ((icmp_ln1494_2_fu_580_p2[0:0] === 1'b1) ? trunc_ln81_33_fu_586_p1 : 15'd0);

assign select_ln81_34_fu_612_p3 = ((icmp_ln1494_3_fu_602_p2[0:0] === 1'b1) ? trunc_ln81_34_fu_608_p1 : 15'd0);

assign select_ln81_35_fu_634_p3 = ((icmp_ln1494_4_fu_624_p2[0:0] === 1'b1) ? trunc_ln81_35_fu_630_p1 : 15'd0);

assign select_ln81_36_fu_656_p3 = ((icmp_ln1494_5_fu_646_p2[0:0] === 1'b1) ? trunc_ln81_36_fu_652_p1 : 15'd0);

assign select_ln81_37_fu_678_p3 = ((icmp_ln1494_6_fu_668_p2[0:0] === 1'b1) ? trunc_ln81_37_fu_674_p1 : 15'd0);

assign select_ln81_38_fu_700_p3 = ((icmp_ln1494_7_fu_690_p2[0:0] === 1'b1) ? trunc_ln81_38_fu_696_p1 : 15'd0);

assign select_ln81_39_fu_722_p3 = ((icmp_ln1494_8_fu_712_p2[0:0] === 1'b1) ? trunc_ln81_39_fu_718_p1 : 15'd0);

assign select_ln81_40_fu_744_p3 = ((icmp_ln1494_9_fu_734_p2[0:0] === 1'b1) ? trunc_ln81_40_fu_740_p1 : 15'd0);

assign select_ln81_41_fu_766_p3 = ((icmp_ln1494_10_fu_756_p2[0:0] === 1'b1) ? trunc_ln81_41_fu_762_p1 : 15'd0);

assign select_ln81_42_fu_788_p3 = ((icmp_ln1494_11_fu_778_p2[0:0] === 1'b1) ? trunc_ln81_42_fu_784_p1 : 15'd0);

assign select_ln81_43_fu_810_p3 = ((icmp_ln1494_12_fu_800_p2[0:0] === 1'b1) ? trunc_ln81_43_fu_806_p1 : 15'd0);

assign select_ln81_44_fu_832_p3 = ((icmp_ln1494_13_fu_822_p2[0:0] === 1'b1) ? trunc_ln81_44_fu_828_p1 : 15'd0);

assign select_ln81_45_fu_854_p3 = ((icmp_ln1494_14_fu_844_p2[0:0] === 1'b1) ? trunc_ln81_45_fu_850_p1 : 15'd0);

assign select_ln81_46_fu_876_p3 = ((icmp_ln1494_15_fu_866_p2[0:0] === 1'b1) ? trunc_ln81_46_fu_872_p1 : 15'd0);

assign select_ln81_47_fu_898_p3 = ((icmp_ln1494_16_fu_888_p2[0:0] === 1'b1) ? trunc_ln81_47_fu_894_p1 : 15'd0);

assign select_ln81_48_fu_920_p3 = ((icmp_ln1494_17_fu_910_p2[0:0] === 1'b1) ? trunc_ln81_48_fu_916_p1 : 15'd0);

assign select_ln81_49_fu_942_p3 = ((icmp_ln1494_18_fu_932_p2[0:0] === 1'b1) ? trunc_ln81_49_fu_938_p1 : 15'd0);

assign select_ln81_50_fu_964_p3 = ((icmp_ln1494_19_fu_954_p2[0:0] === 1'b1) ? trunc_ln81_50_fu_960_p1 : 15'd0);

assign select_ln81_51_fu_986_p3 = ((icmp_ln1494_20_fu_976_p2[0:0] === 1'b1) ? trunc_ln81_51_fu_982_p1 : 15'd0);

assign select_ln81_52_fu_1008_p3 = ((icmp_ln1494_21_fu_998_p2[0:0] === 1'b1) ? trunc_ln81_52_fu_1004_p1 : 15'd0);

assign select_ln81_53_fu_1030_p3 = ((icmp_ln1494_22_fu_1020_p2[0:0] === 1'b1) ? trunc_ln81_53_fu_1026_p1 : 15'd0);

assign select_ln81_54_fu_1052_p3 = ((icmp_ln1494_23_fu_1042_p2[0:0] === 1'b1) ? trunc_ln81_54_fu_1048_p1 : 15'd0);

assign select_ln81_55_fu_1074_p3 = ((icmp_ln1494_24_fu_1064_p2[0:0] === 1'b1) ? trunc_ln81_55_fu_1070_p1 : 15'd0);

assign select_ln81_56_fu_1096_p3 = ((icmp_ln1494_25_fu_1086_p2[0:0] === 1'b1) ? trunc_ln81_56_fu_1092_p1 : 15'd0);

assign select_ln81_57_fu_1118_p3 = ((icmp_ln1494_26_fu_1108_p2[0:0] === 1'b1) ? trunc_ln81_57_fu_1114_p1 : 15'd0);

assign select_ln81_58_fu_1140_p3 = ((icmp_ln1494_27_fu_1130_p2[0:0] === 1'b1) ? trunc_ln81_58_fu_1136_p1 : 15'd0);

assign select_ln81_59_fu_1162_p3 = ((icmp_ln1494_28_fu_1152_p2[0:0] === 1'b1) ? trunc_ln81_59_fu_1158_p1 : 15'd0);

assign select_ln81_60_fu_1184_p3 = ((icmp_ln1494_29_fu_1174_p2[0:0] === 1'b1) ? trunc_ln81_60_fu_1180_p1 : 15'd0);

assign select_ln81_61_fu_1206_p3 = ((icmp_ln1494_30_fu_1196_p2[0:0] === 1'b1) ? trunc_ln81_61_fu_1202_p1 : 15'd0);

assign select_ln81_62_fu_1228_p3 = ((icmp_ln1494_31_fu_1218_p2[0:0] === 1'b1) ? trunc_ln81_62_fu_1224_p1 : 15'd0);

assign select_ln81_63_fu_1250_p3 = ((icmp_ln1494_32_fu_1240_p2[0:0] === 1'b1) ? trunc_ln81_63_fu_1246_p1 : 15'd0);

assign select_ln81_64_fu_1272_p3 = ((icmp_ln1494_33_fu_1262_p2[0:0] === 1'b1) ? trunc_ln81_64_fu_1268_p1 : 15'd0);

assign select_ln81_65_fu_1294_p3 = ((icmp_ln1494_34_fu_1284_p2[0:0] === 1'b1) ? trunc_ln81_65_fu_1290_p1 : 15'd0);

assign select_ln81_66_fu_1316_p3 = ((icmp_ln1494_35_fu_1306_p2[0:0] === 1'b1) ? trunc_ln81_66_fu_1312_p1 : 15'd0);

assign select_ln81_67_fu_1338_p3 = ((icmp_ln1494_36_fu_1328_p2[0:0] === 1'b1) ? trunc_ln81_67_fu_1334_p1 : 15'd0);

assign select_ln81_68_fu_1360_p3 = ((icmp_ln1494_37_fu_1350_p2[0:0] === 1'b1) ? trunc_ln81_68_fu_1356_p1 : 15'd0);

assign select_ln81_69_fu_1382_p3 = ((icmp_ln1494_38_fu_1372_p2[0:0] === 1'b1) ? trunc_ln81_69_fu_1378_p1 : 15'd0);

assign select_ln81_70_fu_1404_p3 = ((icmp_ln1494_39_fu_1394_p2[0:0] === 1'b1) ? trunc_ln81_70_fu_1400_p1 : 15'd0);

assign select_ln81_71_fu_1426_p3 = ((icmp_ln1494_40_fu_1416_p2[0:0] === 1'b1) ? trunc_ln81_71_fu_1422_p1 : 15'd0);

assign select_ln81_72_fu_1448_p3 = ((icmp_ln1494_41_fu_1438_p2[0:0] === 1'b1) ? trunc_ln81_72_fu_1444_p1 : 15'd0);

assign select_ln81_73_fu_1470_p3 = ((icmp_ln1494_42_fu_1460_p2[0:0] === 1'b1) ? trunc_ln81_73_fu_1466_p1 : 15'd0);

assign select_ln81_74_fu_1492_p3 = ((icmp_ln1494_43_fu_1482_p2[0:0] === 1'b1) ? trunc_ln81_74_fu_1488_p1 : 15'd0);

assign select_ln81_75_fu_1514_p3 = ((icmp_ln1494_44_fu_1504_p2[0:0] === 1'b1) ? trunc_ln81_75_fu_1510_p1 : 15'd0);

assign select_ln81_76_fu_1536_p3 = ((icmp_ln1494_45_fu_1526_p2[0:0] === 1'b1) ? trunc_ln81_76_fu_1532_p1 : 15'd0);

assign select_ln81_77_fu_1558_p3 = ((icmp_ln1494_46_fu_1548_p2[0:0] === 1'b1) ? trunc_ln81_77_fu_1554_p1 : 15'd0);

assign select_ln81_78_fu_1580_p3 = ((icmp_ln1494_47_fu_1570_p2[0:0] === 1'b1) ? trunc_ln81_78_fu_1576_p1 : 15'd0);

assign select_ln81_79_fu_1602_p3 = ((icmp_ln1494_48_fu_1592_p2[0:0] === 1'b1) ? trunc_ln81_79_fu_1598_p1 : 15'd0);

assign select_ln81_80_fu_1624_p3 = ((icmp_ln1494_49_fu_1614_p2[0:0] === 1'b1) ? trunc_ln81_80_fu_1620_p1 : 15'd0);

assign select_ln81_81_fu_1646_p3 = ((icmp_ln1494_50_fu_1636_p2[0:0] === 1'b1) ? trunc_ln81_81_fu_1642_p1 : 15'd0);

assign select_ln81_82_fu_1668_p3 = ((icmp_ln1494_51_fu_1658_p2[0:0] === 1'b1) ? trunc_ln81_82_fu_1664_p1 : 15'd0);

assign select_ln81_83_fu_1690_p3 = ((icmp_ln1494_52_fu_1680_p2[0:0] === 1'b1) ? trunc_ln81_83_fu_1686_p1 : 15'd0);

assign select_ln81_84_fu_1712_p3 = ((icmp_ln1494_53_fu_1702_p2[0:0] === 1'b1) ? trunc_ln81_84_fu_1708_p1 : 15'd0);

assign select_ln81_85_fu_1734_p3 = ((icmp_ln1494_54_fu_1724_p2[0:0] === 1'b1) ? trunc_ln81_85_fu_1730_p1 : 15'd0);

assign select_ln81_86_fu_1756_p3 = ((icmp_ln1494_55_fu_1746_p2[0:0] === 1'b1) ? trunc_ln81_86_fu_1752_p1 : 15'd0);

assign select_ln81_87_fu_1778_p3 = ((icmp_ln1494_56_fu_1768_p2[0:0] === 1'b1) ? trunc_ln81_87_fu_1774_p1 : 15'd0);

assign select_ln81_88_fu_1800_p3 = ((icmp_ln1494_57_fu_1790_p2[0:0] === 1'b1) ? trunc_ln81_88_fu_1796_p1 : 15'd0);

assign select_ln81_89_fu_1822_p3 = ((icmp_ln1494_58_fu_1812_p2[0:0] === 1'b1) ? trunc_ln81_89_fu_1818_p1 : 15'd0);

assign select_ln81_90_fu_1844_p3 = ((icmp_ln1494_59_fu_1834_p2[0:0] === 1'b1) ? trunc_ln81_90_fu_1840_p1 : 15'd0);

assign select_ln81_91_fu_1866_p3 = ((icmp_ln1494_60_fu_1856_p2[0:0] === 1'b1) ? trunc_ln81_91_fu_1862_p1 : 15'd0);

assign select_ln81_92_fu_1888_p3 = ((icmp_ln1494_61_fu_1878_p2[0:0] === 1'b1) ? trunc_ln81_92_fu_1884_p1 : 15'd0);

assign select_ln81_93_fu_1910_p3 = ((icmp_ln1494_62_fu_1900_p2[0:0] === 1'b1) ? trunc_ln81_93_fu_1906_p1 : 15'd0);

assign select_ln81_94_fu_1932_p3 = ((icmp_ln1494_63_fu_1922_p2[0:0] === 1'b1) ? trunc_ln81_94_fu_1928_p1 : 15'd0);

assign select_ln81_fu_546_p3 = ((icmp_ln1494_fu_536_p2[0:0] === 1'b1) ? trunc_ln81_fu_542_p1 : 15'd0);

assign trunc_ln81_32_fu_564_p1 = data_1_V_read[14:0];

assign trunc_ln81_33_fu_586_p1 = data_2_V_read[14:0];

assign trunc_ln81_34_fu_608_p1 = data_3_V_read[14:0];

assign trunc_ln81_35_fu_630_p1 = data_4_V_read[14:0];

assign trunc_ln81_36_fu_652_p1 = data_5_V_read[14:0];

assign trunc_ln81_37_fu_674_p1 = data_6_V_read[14:0];

assign trunc_ln81_38_fu_696_p1 = data_7_V_read[14:0];

assign trunc_ln81_39_fu_718_p1 = data_8_V_read[14:0];

assign trunc_ln81_40_fu_740_p1 = data_9_V_read[14:0];

assign trunc_ln81_41_fu_762_p1 = data_10_V_read[14:0];

assign trunc_ln81_42_fu_784_p1 = data_11_V_read[14:0];

assign trunc_ln81_43_fu_806_p1 = data_12_V_read[14:0];

assign trunc_ln81_44_fu_828_p1 = data_13_V_read[14:0];

assign trunc_ln81_45_fu_850_p1 = data_14_V_read[14:0];

assign trunc_ln81_46_fu_872_p1 = data_15_V_read[14:0];

assign trunc_ln81_47_fu_894_p1 = data_16_V_read[14:0];

assign trunc_ln81_48_fu_916_p1 = data_17_V_read[14:0];

assign trunc_ln81_49_fu_938_p1 = data_18_V_read[14:0];

assign trunc_ln81_50_fu_960_p1 = data_19_V_read[14:0];

assign trunc_ln81_51_fu_982_p1 = data_20_V_read[14:0];

assign trunc_ln81_52_fu_1004_p1 = data_21_V_read[14:0];

assign trunc_ln81_53_fu_1026_p1 = data_22_V_read[14:0];

assign trunc_ln81_54_fu_1048_p1 = data_23_V_read[14:0];

assign trunc_ln81_55_fu_1070_p1 = data_24_V_read[14:0];

assign trunc_ln81_56_fu_1092_p1 = data_25_V_read[14:0];

assign trunc_ln81_57_fu_1114_p1 = data_26_V_read[14:0];

assign trunc_ln81_58_fu_1136_p1 = data_27_V_read[14:0];

assign trunc_ln81_59_fu_1158_p1 = data_28_V_read[14:0];

assign trunc_ln81_60_fu_1180_p1 = data_29_V_read[14:0];

assign trunc_ln81_61_fu_1202_p1 = data_30_V_read[14:0];

assign trunc_ln81_62_fu_1224_p1 = data_31_V_read[14:0];

assign trunc_ln81_63_fu_1246_p1 = data_32_V_read[14:0];

assign trunc_ln81_64_fu_1268_p1 = data_33_V_read[14:0];

assign trunc_ln81_65_fu_1290_p1 = data_34_V_read[14:0];

assign trunc_ln81_66_fu_1312_p1 = data_35_V_read[14:0];

assign trunc_ln81_67_fu_1334_p1 = data_36_V_read[14:0];

assign trunc_ln81_68_fu_1356_p1 = data_37_V_read[14:0];

assign trunc_ln81_69_fu_1378_p1 = data_38_V_read[14:0];

assign trunc_ln81_70_fu_1400_p1 = data_39_V_read[14:0];

assign trunc_ln81_71_fu_1422_p1 = data_40_V_read[14:0];

assign trunc_ln81_72_fu_1444_p1 = data_41_V_read[14:0];

assign trunc_ln81_73_fu_1466_p1 = data_42_V_read[14:0];

assign trunc_ln81_74_fu_1488_p1 = data_43_V_read[14:0];

assign trunc_ln81_75_fu_1510_p1 = data_44_V_read[14:0];

assign trunc_ln81_76_fu_1532_p1 = data_45_V_read[14:0];

assign trunc_ln81_77_fu_1554_p1 = data_46_V_read[14:0];

assign trunc_ln81_78_fu_1576_p1 = data_47_V_read[14:0];

assign trunc_ln81_79_fu_1598_p1 = data_48_V_read[14:0];

assign trunc_ln81_80_fu_1620_p1 = data_49_V_read[14:0];

assign trunc_ln81_81_fu_1642_p1 = data_50_V_read[14:0];

assign trunc_ln81_82_fu_1664_p1 = data_51_V_read[14:0];

assign trunc_ln81_83_fu_1686_p1 = data_52_V_read[14:0];

assign trunc_ln81_84_fu_1708_p1 = data_53_V_read[14:0];

assign trunc_ln81_85_fu_1730_p1 = data_54_V_read[14:0];

assign trunc_ln81_86_fu_1752_p1 = data_55_V_read[14:0];

assign trunc_ln81_87_fu_1774_p1 = data_56_V_read[14:0];

assign trunc_ln81_88_fu_1796_p1 = data_57_V_read[14:0];

assign trunc_ln81_89_fu_1818_p1 = data_58_V_read[14:0];

assign trunc_ln81_90_fu_1840_p1 = data_59_V_read[14:0];

assign trunc_ln81_91_fu_1862_p1 = data_60_V_read[14:0];

assign trunc_ln81_92_fu_1884_p1 = data_61_V_read[14:0];

assign trunc_ln81_93_fu_1906_p1 = data_62_V_read[14:0];

assign trunc_ln81_94_fu_1928_p1 = data_63_V_read[14:0];

assign trunc_ln81_fu_542_p1 = data_0_V_read[14:0];

assign zext_ln81_32_fu_576_p1 = select_ln81_32_fu_568_p3;

assign zext_ln81_33_fu_598_p1 = select_ln81_33_fu_590_p3;

assign zext_ln81_34_fu_620_p1 = select_ln81_34_fu_612_p3;

assign zext_ln81_35_fu_642_p1 = select_ln81_35_fu_634_p3;

assign zext_ln81_36_fu_664_p1 = select_ln81_36_fu_656_p3;

assign zext_ln81_37_fu_686_p1 = select_ln81_37_fu_678_p3;

assign zext_ln81_38_fu_708_p1 = select_ln81_38_fu_700_p3;

assign zext_ln81_39_fu_730_p1 = select_ln81_39_fu_722_p3;

assign zext_ln81_40_fu_752_p1 = select_ln81_40_fu_744_p3;

assign zext_ln81_41_fu_774_p1 = select_ln81_41_fu_766_p3;

assign zext_ln81_42_fu_796_p1 = select_ln81_42_fu_788_p3;

assign zext_ln81_43_fu_818_p1 = select_ln81_43_fu_810_p3;

assign zext_ln81_44_fu_840_p1 = select_ln81_44_fu_832_p3;

assign zext_ln81_45_fu_862_p1 = select_ln81_45_fu_854_p3;

assign zext_ln81_46_fu_884_p1 = select_ln81_46_fu_876_p3;

assign zext_ln81_47_fu_906_p1 = select_ln81_47_fu_898_p3;

assign zext_ln81_48_fu_928_p1 = select_ln81_48_fu_920_p3;

assign zext_ln81_49_fu_950_p1 = select_ln81_49_fu_942_p3;

assign zext_ln81_50_fu_972_p1 = select_ln81_50_fu_964_p3;

assign zext_ln81_51_fu_994_p1 = select_ln81_51_fu_986_p3;

assign zext_ln81_52_fu_1016_p1 = select_ln81_52_fu_1008_p3;

assign zext_ln81_53_fu_1038_p1 = select_ln81_53_fu_1030_p3;

assign zext_ln81_54_fu_1060_p1 = select_ln81_54_fu_1052_p3;

assign zext_ln81_55_fu_1082_p1 = select_ln81_55_fu_1074_p3;

assign zext_ln81_56_fu_1104_p1 = select_ln81_56_fu_1096_p3;

assign zext_ln81_57_fu_1126_p1 = select_ln81_57_fu_1118_p3;

assign zext_ln81_58_fu_1148_p1 = select_ln81_58_fu_1140_p3;

assign zext_ln81_59_fu_1170_p1 = select_ln81_59_fu_1162_p3;

assign zext_ln81_60_fu_1192_p1 = select_ln81_60_fu_1184_p3;

assign zext_ln81_61_fu_1214_p1 = select_ln81_61_fu_1206_p3;

assign zext_ln81_62_fu_1236_p1 = select_ln81_62_fu_1228_p3;

assign zext_ln81_63_fu_1258_p1 = select_ln81_63_fu_1250_p3;

assign zext_ln81_64_fu_1280_p1 = select_ln81_64_fu_1272_p3;

assign zext_ln81_65_fu_1302_p1 = select_ln81_65_fu_1294_p3;

assign zext_ln81_66_fu_1324_p1 = select_ln81_66_fu_1316_p3;

assign zext_ln81_67_fu_1346_p1 = select_ln81_67_fu_1338_p3;

assign zext_ln81_68_fu_1368_p1 = select_ln81_68_fu_1360_p3;

assign zext_ln81_69_fu_1390_p1 = select_ln81_69_fu_1382_p3;

assign zext_ln81_70_fu_1412_p1 = select_ln81_70_fu_1404_p3;

assign zext_ln81_71_fu_1434_p1 = select_ln81_71_fu_1426_p3;

assign zext_ln81_72_fu_1456_p1 = select_ln81_72_fu_1448_p3;

assign zext_ln81_73_fu_1478_p1 = select_ln81_73_fu_1470_p3;

assign zext_ln81_74_fu_1500_p1 = select_ln81_74_fu_1492_p3;

assign zext_ln81_75_fu_1522_p1 = select_ln81_75_fu_1514_p3;

assign zext_ln81_76_fu_1544_p1 = select_ln81_76_fu_1536_p3;

assign zext_ln81_77_fu_1566_p1 = select_ln81_77_fu_1558_p3;

assign zext_ln81_78_fu_1588_p1 = select_ln81_78_fu_1580_p3;

assign zext_ln81_79_fu_1610_p1 = select_ln81_79_fu_1602_p3;

assign zext_ln81_80_fu_1632_p1 = select_ln81_80_fu_1624_p3;

assign zext_ln81_81_fu_1654_p1 = select_ln81_81_fu_1646_p3;

assign zext_ln81_82_fu_1676_p1 = select_ln81_82_fu_1668_p3;

assign zext_ln81_83_fu_1698_p1 = select_ln81_83_fu_1690_p3;

assign zext_ln81_84_fu_1720_p1 = select_ln81_84_fu_1712_p3;

assign zext_ln81_85_fu_1742_p1 = select_ln81_85_fu_1734_p3;

assign zext_ln81_86_fu_1764_p1 = select_ln81_86_fu_1756_p3;

assign zext_ln81_87_fu_1786_p1 = select_ln81_87_fu_1778_p3;

assign zext_ln81_88_fu_1808_p1 = select_ln81_88_fu_1800_p3;

assign zext_ln81_89_fu_1830_p1 = select_ln81_89_fu_1822_p3;

assign zext_ln81_90_fu_1852_p1 = select_ln81_90_fu_1844_p3;

assign zext_ln81_91_fu_1874_p1 = select_ln81_91_fu_1866_p3;

assign zext_ln81_92_fu_1896_p1 = select_ln81_92_fu_1888_p3;

assign zext_ln81_93_fu_1918_p1 = select_ln81_93_fu_1910_p3;

assign zext_ln81_94_fu_1940_p1 = select_ln81_94_fu_1932_p3;

assign zext_ln81_fu_554_p1 = select_ln81_fu_546_p3;

endmodule //relu_ap_fixed_ap_fixed_16_6_5_3_0_relu_config4_s